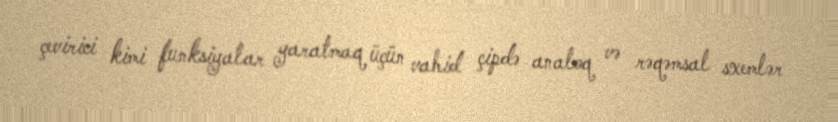
çevirici kimi funksiyalar yaratmaq üçün vahid çipdə analoq və rəqəmsal sxemlər